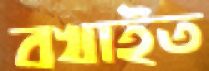
বখাইত